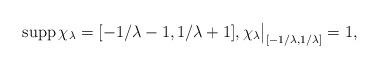
LaTeX: \begin{align*}\operatorname{supp} \chi_\lambda = [-1/\lambda-1,1/\lambda+1],\bigl.\chi_\lambda\bigr\vert_{[-1/\lambda,1/\lambda]} = 1,\end{align*}